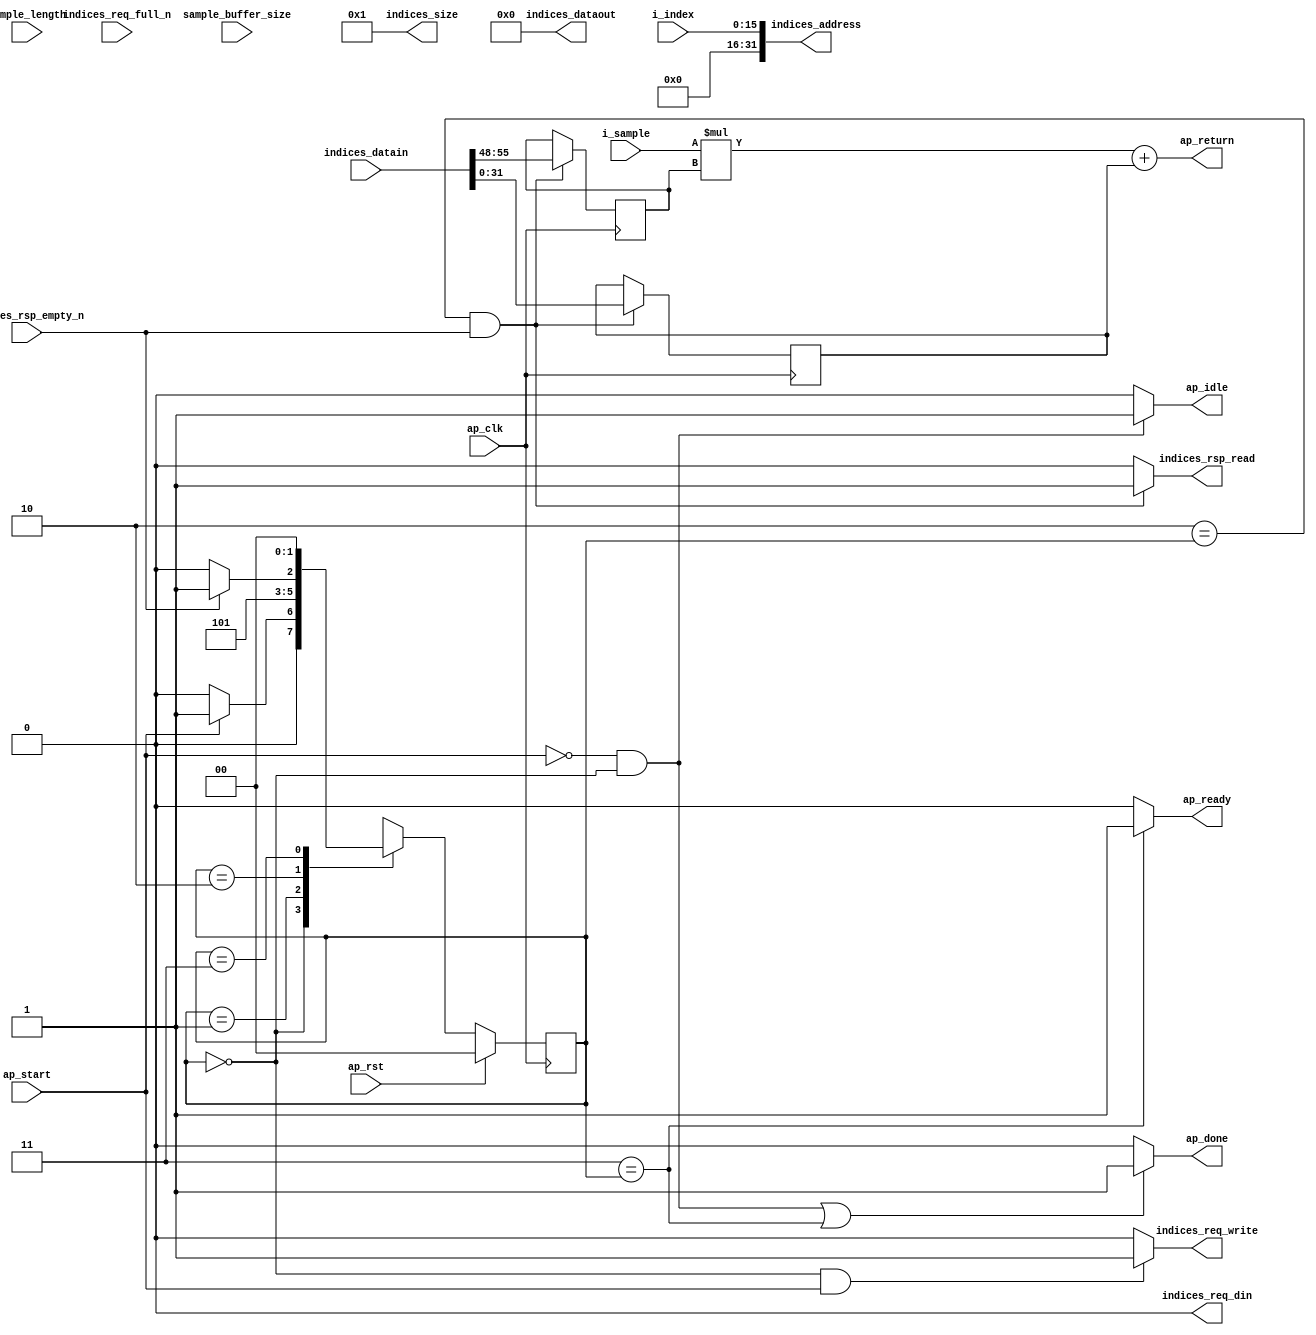
module sample_iterator_get_offset (
        ap_clk,
        ap_rst,
        ap_start,
        ap_done,
        ap_idle,
        ap_ready,
        i_index,
        i_sample,
        indices_req_din,
        indices_req_full_n,
        indices_req_write,
        indices_rsp_empty_n,
        indices_rsp_read,
        indices_address,
        indices_datain,
        indices_dataout,
        indices_size,
        sample_buffer_size,
        sample_length,
        ap_return
);

parameter    ap_const_logic_1 = 1'b1;
parameter    ap_const_logic_0 = 1'b0;
parameter    ap_ST_st1_fsm_0 = 2'b00;
parameter    ap_ST_st2_fsm_1 = 2'b1;
parameter    ap_ST_st3_fsm_2 = 2'b10;
parameter    ap_ST_st4_fsm_3 = 2'b11;
parameter    ap_const_lv32_1 = 32'b1;
parameter    ap_const_lv32_30 = 32'b110000;
parameter    ap_const_lv32_37 = 32'b110111;
parameter    ap_const_lv56_0 = 56'b00000000000000000000000000000000000000000000000000000000;
parameter    ap_true = 1'b1;

input   ap_clk;
input   ap_rst;
input   ap_start;
output   ap_done;
output   ap_idle;
output   ap_ready;
input  [15:0] i_index;
input  [15:0] i_sample;
output   indices_req_din;
input   indices_req_full_n;
output   indices_req_write;
input   indices_rsp_empty_n;
output   indices_rsp_read;
output  [31:0] indices_address;
input  [55:0] indices_datain;
output  [55:0] indices_dataout;
output  [31:0] indices_size;
input  [31:0] sample_buffer_size;
input  [15:0] sample_length;
output  [31:0] ap_return;

reg ap_done;
reg ap_idle;
reg ap_ready;
reg indices_req_write;
reg indices_rsp_read;
reg   [1:0] ap_CS_fsm = 2'b00;
wire   [31:0] tmp_4_fu_92_p1;
reg   [31:0] tmp_4_reg_134;
reg   [7:0] indices_stride_load_new_reg_139;
wire   [63:0] tmp_fu_81_p1;
wire   [15:0] tmp_s_fu_113_p0;
wire   [7:0] tmp_s_fu_113_p1;
wire   [23:0] tmp_s_fu_113_p2;
wire   [31:0] tmp_17_cast_fu_119_p1;
reg   [1:0] ap_NS_fsm;
wire   [23:0] tmp_s_fu_113_p00;
wire   [23:0] tmp_s_fu_113_p10;




/// the current state (ap_CS_fsm) of the state machine. ///
always @ (posedge ap_clk)
begin : ap_ret_ap_CS_fsm
    if (ap_rst == 1'b1) begin
        ap_CS_fsm <= ap_ST_st1_fsm_0;
    end else begin
        ap_CS_fsm <= ap_NS_fsm;
    end
end

/// assign process. ///
always @(posedge ap_clk)
begin
    if (((ap_ST_st3_fsm_2 == ap_CS_fsm) & ~(indices_rsp_empty_n == ap_const_logic_0))) begin
        indices_stride_load_new_reg_139 <= {{indices_datain[ap_const_lv32_37 : ap_const_lv32_30]}};
        tmp_4_reg_134 <= tmp_4_fu_92_p1;
    end
end

/// ap_done assign process. ///
always @ (ap_start or ap_CS_fsm)
begin
    if (((~(ap_const_logic_1 == ap_start) & (ap_ST_st1_fsm_0 == ap_CS_fsm)) | (ap_ST_st4_fsm_3 == ap_CS_fsm))) begin
        ap_done = ap_const_logic_1;
    end else begin
        ap_done = ap_const_logic_0;
    end
end

/// ap_idle assign process. ///
always @ (ap_start or ap_CS_fsm)
begin
    if ((~(ap_const_logic_1 == ap_start) & (ap_ST_st1_fsm_0 == ap_CS_fsm))) begin
        ap_idle = ap_const_logic_1;
    end else begin
        ap_idle = ap_const_logic_0;
    end
end

/// ap_ready assign process. ///
always @ (ap_CS_fsm)
begin
    if ((ap_ST_st4_fsm_3 == ap_CS_fsm)) begin
        ap_ready = ap_const_logic_1;
    end else begin
        ap_ready = ap_const_logic_0;
    end
end

/// indices_req_write assign process. ///
always @ (ap_start or ap_CS_fsm)
begin
    if (((ap_ST_st1_fsm_0 == ap_CS_fsm) & ~(ap_start == ap_const_logic_0))) begin
        indices_req_write = ap_const_logic_1;
    end else begin
        indices_req_write = ap_const_logic_0;
    end
end

/// indices_rsp_read assign process. ///
always @ (ap_CS_fsm or indices_rsp_empty_n)
begin
    if (((ap_ST_st3_fsm_2 == ap_CS_fsm) & ~(indices_rsp_empty_n == ap_const_logic_0))) begin
        indices_rsp_read = ap_const_logic_1;
    end else begin
        indices_rsp_read = ap_const_logic_0;
    end
end
always @ (ap_start or ap_CS_fsm or indices_rsp_empty_n)
begin
    case (ap_CS_fsm)
        ap_ST_st1_fsm_0 : 
            if (~(ap_start == ap_const_logic_0)) begin
                ap_NS_fsm = ap_ST_st2_fsm_1;
            end else begin
                ap_NS_fsm = ap_ST_st1_fsm_0;
            end
        ap_ST_st2_fsm_1 : 
            ap_NS_fsm = ap_ST_st3_fsm_2;
        ap_ST_st3_fsm_2 : 
            if (~(indices_rsp_empty_n == ap_const_logic_0)) begin
                ap_NS_fsm = ap_ST_st4_fsm_3;
            end else begin
                ap_NS_fsm = ap_ST_st3_fsm_2;
            end
        ap_ST_st4_fsm_3 : 
            ap_NS_fsm = ap_ST_st1_fsm_0;
        default : 
            ap_NS_fsm = 'bx;
    endcase
end
assign ap_return = (tmp_17_cast_fu_119_p1 + tmp_4_reg_134);
assign indices_address = tmp_fu_81_p1;
assign indices_dataout = ap_const_lv56_0;
assign indices_req_din = ap_const_logic_0;
assign indices_size = ap_const_lv32_1;
assign tmp_17_cast_fu_119_p1 = $unsigned(tmp_s_fu_113_p2);
assign tmp_4_fu_92_p1 = indices_datain[31:0];
assign tmp_fu_81_p1 = $unsigned(i_index);
assign tmp_s_fu_113_p0 = tmp_s_fu_113_p00;
assign tmp_s_fu_113_p00 = $unsigned(i_sample);
assign tmp_s_fu_113_p1 = tmp_s_fu_113_p10;
assign tmp_s_fu_113_p10 = $unsigned(indices_stride_load_new_reg_139);
assign tmp_s_fu_113_p2 = ($signed({{1'b0}, {tmp_s_fu_113_p0}}) * $signed({{1'b0}, {tmp_s_fu_113_p1}}));


endmodule